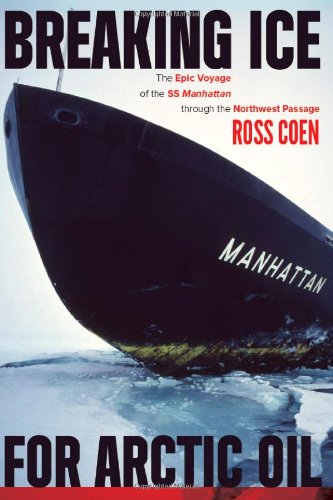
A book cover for Breaking Ice for Arctic Oil: The Epic Voyage of the SS Manhattan through the Northwest Passage; Ross Coen; History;